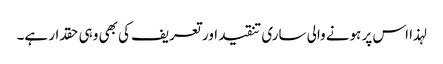
لہذا اس پر ہونے والی ساری تنقید اور تعریف کی بھی وہی حقدار ہے۔